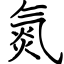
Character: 氮